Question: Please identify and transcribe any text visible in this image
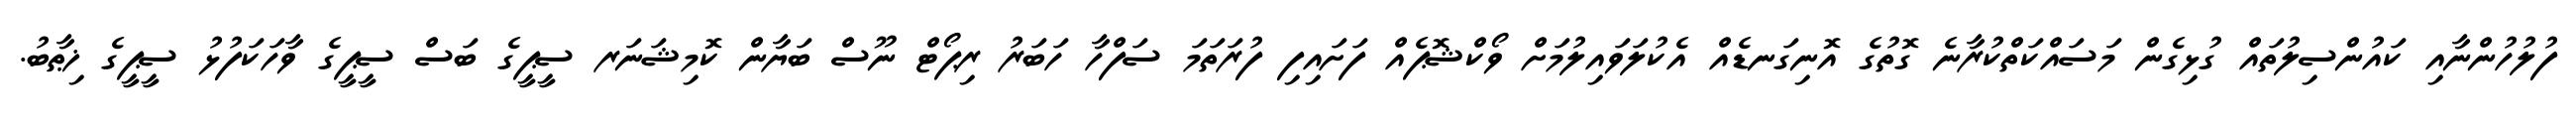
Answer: ފުލުހުންނާއި ކައުންސިލުތައް ގުޅިގެން މަސައްކަތްކުރާނެ ގޮތުގެ އޮނިގަނޑެއް އެކުލަވައިލުމަށް ވޯކްޝޮޕެއް ފަށައިފި ފުރަތަމަ ސަފްހާ ހަބަރު ރިޕޯޓް ނޫސް ބަޔާން ކޮމިޝަނަރ ސީޕީގެ ބަސް ސީޕީގެ ވާހަކަފުޅު ސީޕީގެ ޚިޠާބު.